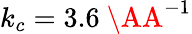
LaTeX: k_{c}=3.6~\AA^{-1}